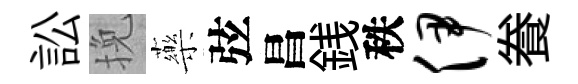
訟挽藥弦昌銭秩伊飬